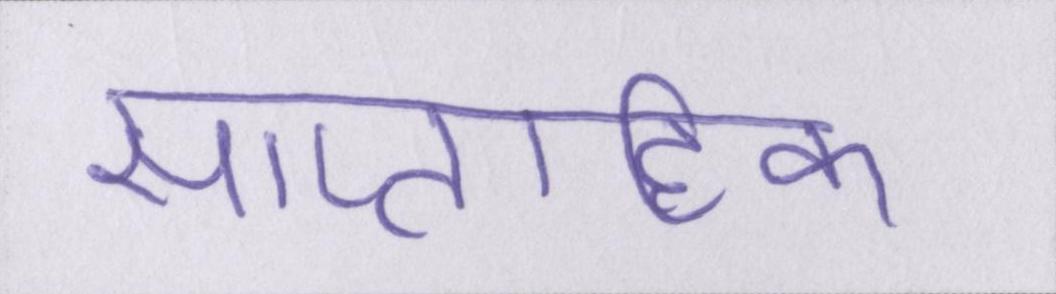
साप्ताहिक